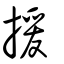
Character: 援